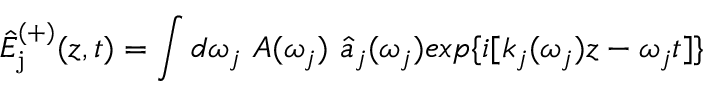
\hat { E } _ { \mathrm { j } } ^ { ( + ) } ( z , t ) = \int d \omega _ { j } ~ A ( \omega _ { j } ) ~ \hat { a } _ { j } ( \omega _ { j } ) e x p \{ i [ k _ { j } ( \omega _ { j } ) z - \omega _ { j } t ] \}